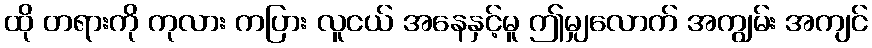
ထို တရားကို ကုလား ကပြား လူငယ် အနေနှင့်မူ ဤမျှလောက် အကျွမ်း အကျင်